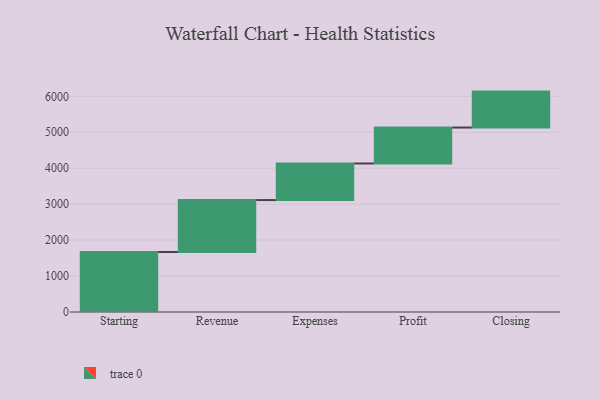
{"axis": {"x": "Step", "y": "Value"}, "legend": [""], "data": [{"x": "Starting", "y": 1670.0, "type": ""}, {"x": "Revenue", "y": 1444.0, "type": ""}, {"x": "Expenses", "y": 1018.0, "type": ""}, {"x": "Profit", "y": 1000, "type": ""}, {"x": "Closing", "y": 1000, "type": ""}]}